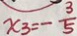
x _ { 3 } = - \frac { 3 } { 5 }